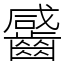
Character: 䶠